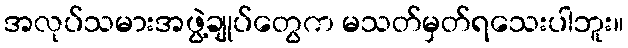
အလုပ်သမားအဖွဲ့ချုပ်တွေက မသတ်မှတ်ရသေးပါဘူး။